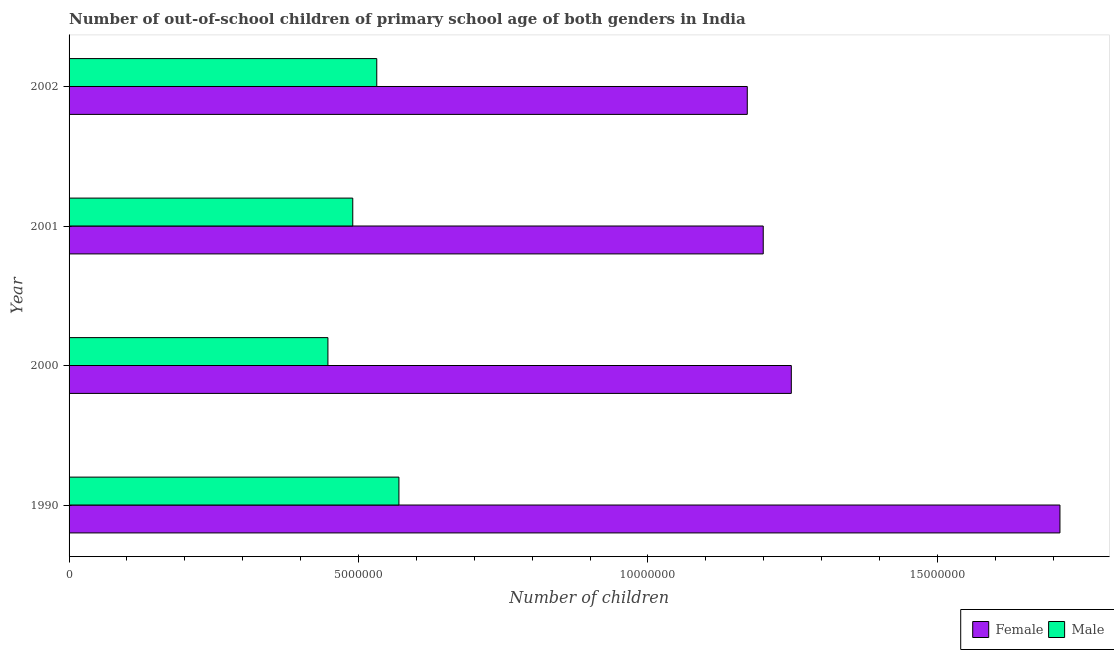
| Year | Female | Male |
 | --- | --- | --- |
 | 1990 | 1.71e+07 | 5.7e+06 |
 | 2000 | 1.25e+07 | 4.47e+06 |
 | 2001 | 1.2e+07 | 4.9e+06 |
 | 2002 | 1.17e+07 | 5.32e+06 |